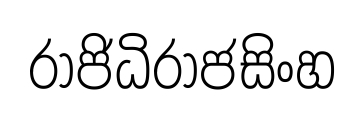
රාජිධිරාජසිංහ